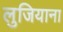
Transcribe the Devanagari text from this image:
लुजियाना